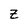
Character: Z